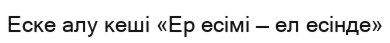
Еске алу кеші «Ер есімі — ел есінде»